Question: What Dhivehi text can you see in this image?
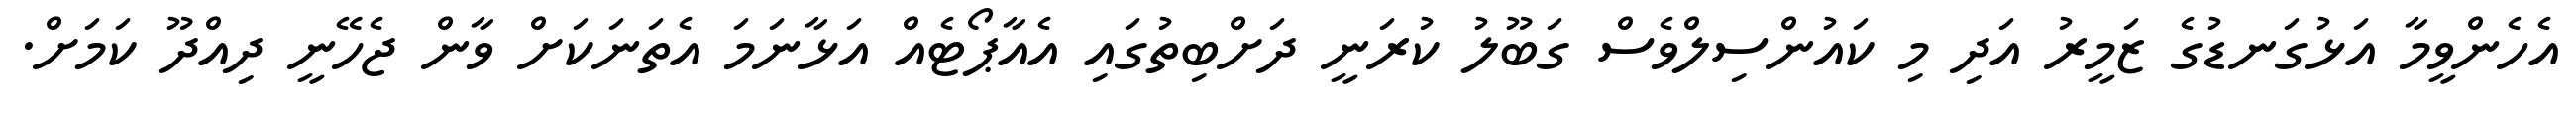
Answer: އެހެންވީމާ އަޅުގަނޑުގެ ޒަމީރު އަދި މި ކައުންސިލްވެސް ގަބޫލު ކުރަނީ ދަށްބިތުގައި އެއާޕޯޓެއް އަޅާނަމަ އެތަނަކަށް ވާން ޖެހޭނީ ދިއްދޫ ކަމަށް.